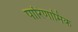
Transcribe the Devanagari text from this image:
पारिणामिक